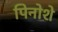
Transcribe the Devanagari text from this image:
पिनोशे